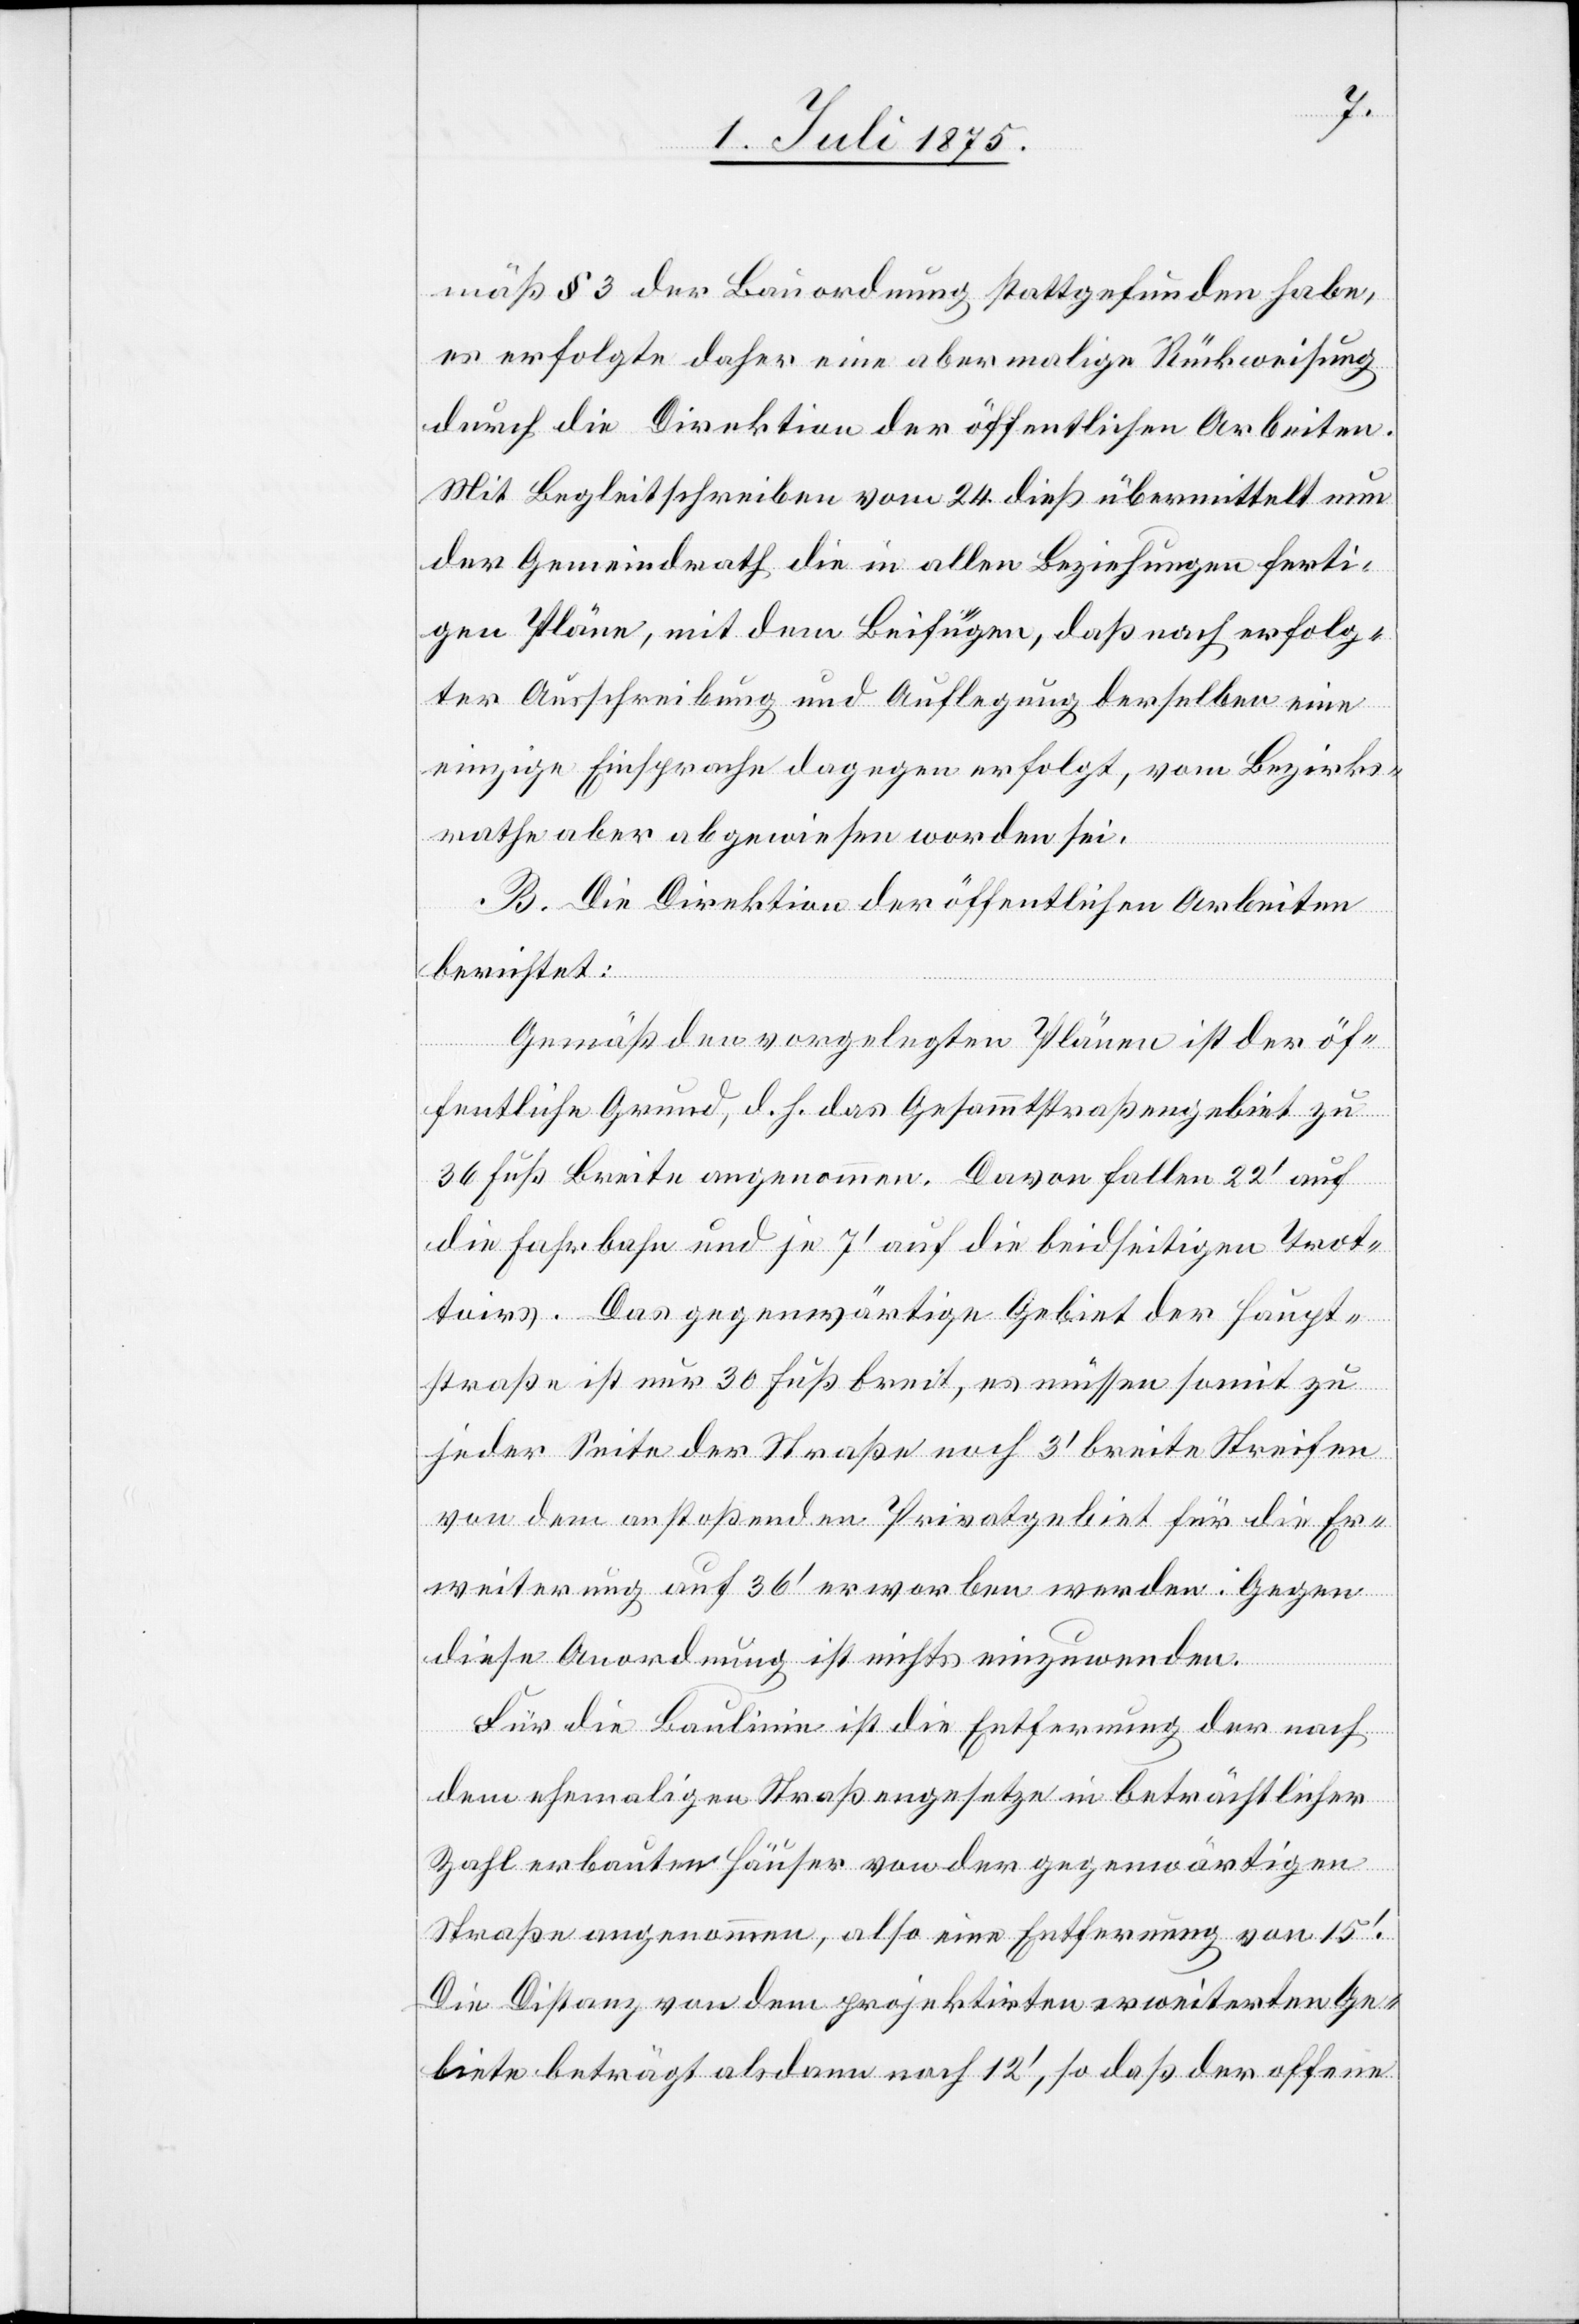
mäß § 3 der Bauordnung stattgefunden habe,
es erfolgte daher eine abermalige Rückweisung
durch die Direktion der öffentlichen Arbeiten.
Mit Begleitschreiben vom 24. dieß übermittelt nun
der Gemeindrath die in allen Beziehungen ferti¬
gen Pläne, mit dem Beifügen, daß nach erfolg¬
ter Ausschreibung und Auflegung derselben eine
einzige Einsprache dagegen erfolgt, vom Bezirks¬
rathe aber abgewiesen worden sei.
B. Die Direktion der öffentlichen Arbeiten
berichtet:
Gemäß den vorgelegten Plänen ist der öf¬
fentliche Grund, d. h. das Gesammtstraßengebiet zu
36 Fuß Breite angenommen. Davon fallen 22‘ auf
die Fahrbahn und je 7‘ auf die beidseitigen Trot¬
toirs. Das gegenwärtige Gebiet der Haupt¬
straße ist nur 30 Fuß breit, es müssen somit zu
jeder Seite der Straß noch 3‘ breite Streifen
von dem anstoßenden Privatgebiet für die Er¬
weiterung auf 36‘ erworben werden. Gegen
diese Anordnung ist nichts einzuwenden.
Für die Baulinie ist die Entfernung der nach
dem ehemaligen Straßengesetze in beträchtlicher
Zahl erbauten Häuser von der gegenwärtigen
Straßen angenommen, also eine Entfernung von 15‘.
Die Distanz von dem projektirten erweiterten Ge¬
biete beträgt alsdann noch 12‘, so daß der offene